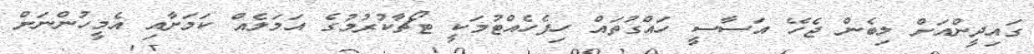
ގައިދީންއަށް ލިބެން ޖެހޭ އަސާސީ ހައްގުތައް ހިފެހެއްޓުމަކީ ޓޯޗާކުރުމުގެ އަމަލެއް ކަމަށާއި އެމީހުންނަށް